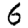
Digit: 6